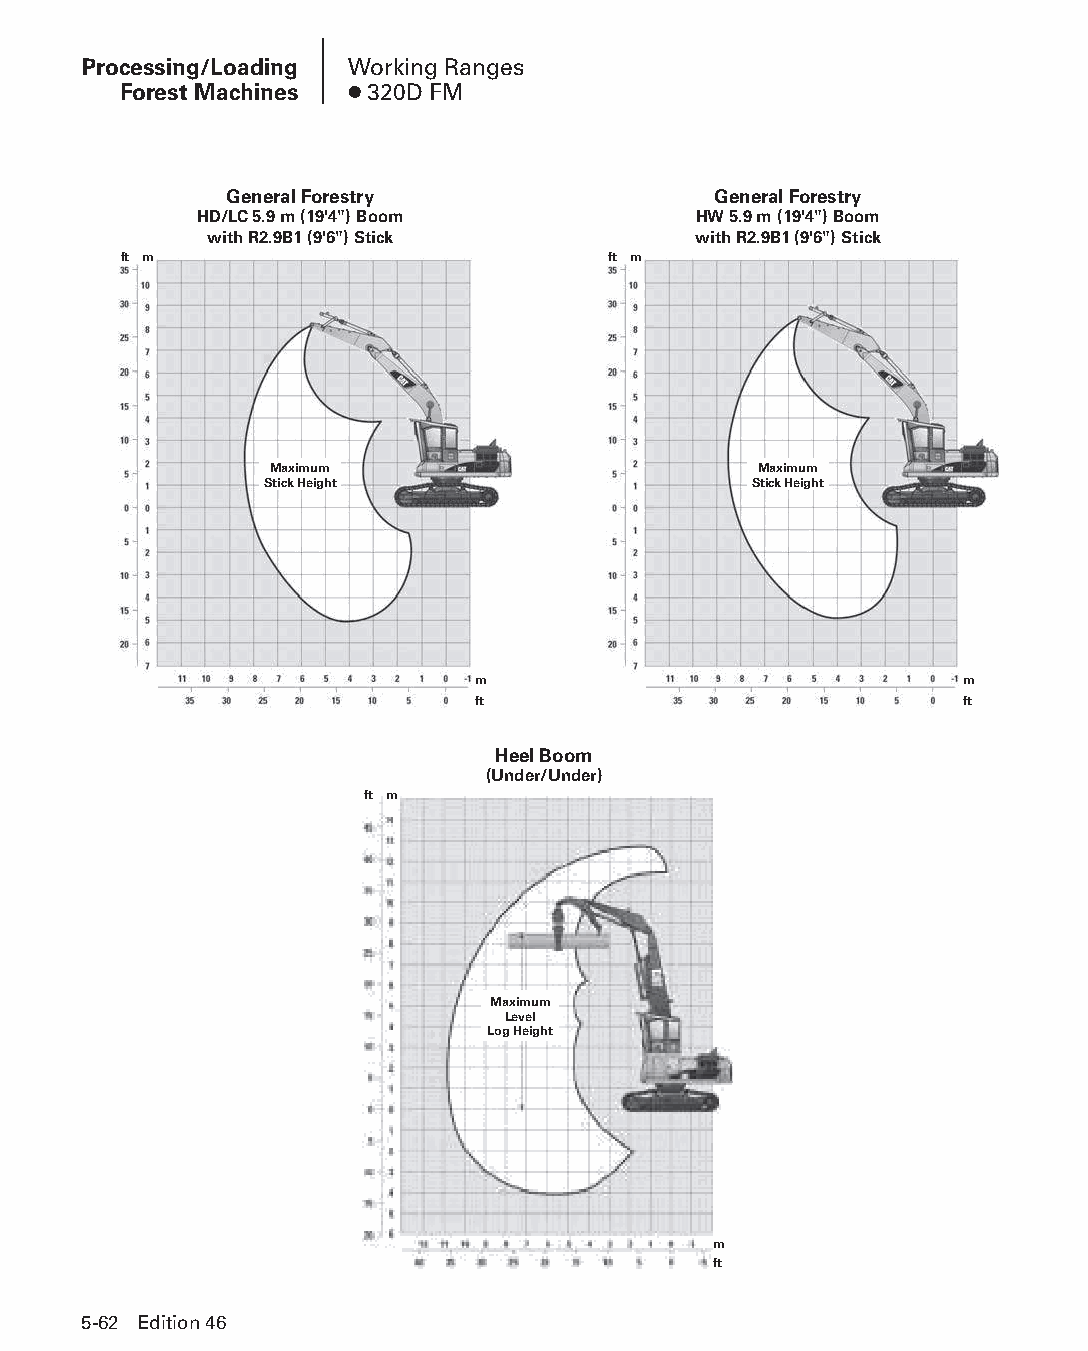
Processing/Loading Working Ranges
 Forest Machines ● 320D FM
 General Forestry                 General Forestry
 HD/LC 5.9 m (19'4") Boom         HW 5.9 m (19'4") Boom
 with R2.9B1 (9'6") Stick        with R2.9B1 (9'6") Stick
 ft m                             ft m
 Maximum                          Maximum
 Stick Height                    Stick Height
 m                               m
 ft                              ft
 Heel Boom
 (Under/Under)
 ft m
 Maximum
 Level
 Log Height
 m
 ft
 5-62 Edition 46
 PPHHBB--SSeecc0055--1166..iinndddd 6622                        1122//44//1155 22::1188 PPMM